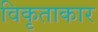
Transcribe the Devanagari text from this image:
विकृताकार